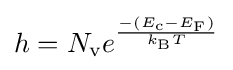
h=N_{\text{v}}e^{\frac {-(E_{\text{c}}-E_{\text{F}})}{k_{\text{B}}T}}